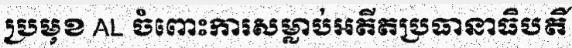
ប្រមុខ AL ចំពោះការសម្លាប់អតីតប្រធានាធិបតី